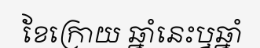
ខែក្រោយ ឆ្នាំនេះឬឆ្នាំ